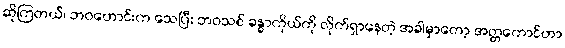
ဆိုကြတယ်၊ ဘဝဟောင်းက သေပြီး ဘဝသစ် ခန္ဓာကိုယ်ကို လိုက်ရှာနေတဲ့ အခါမှာတော့ အတ္တကောင်ဟာ